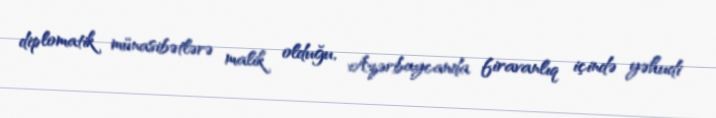
diplomatik münasibətlərə malik olduğu, Azərbaycanda firavanlıq içində yəhudi